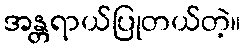
အန္တရာယ်ပြုတယ်တဲ့။